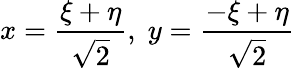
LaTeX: x={\frac{\xi+\eta}{\sqrt{2}}},\; y={\frac{-\xi+\eta}{\sqrt{2}}}